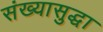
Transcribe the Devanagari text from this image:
संख्यासुद्धा